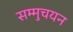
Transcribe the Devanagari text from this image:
सम्मुचयन